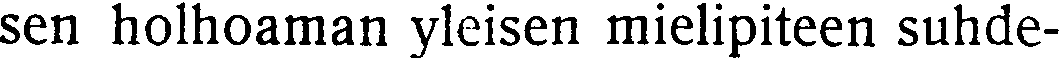
sen holhoaman yleisen mielipiteen suhde-